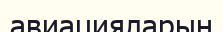
авиацияларын